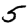
Digit: 5